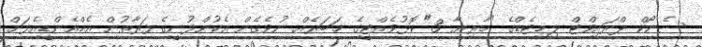
ސެނޯކް ޕްރައިވްޓް ލިމިޓެޑްގެ "މާރިޔާ-3" ކޮޅުވެއްޓީގެ ޚަބަރެއް ނުވެގެން އެކުންފުނީގެ ފަރާތުން އެމްއެންޑީއެފަށް